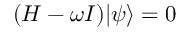
( H - \omega I ) | \psi \rangle = 0